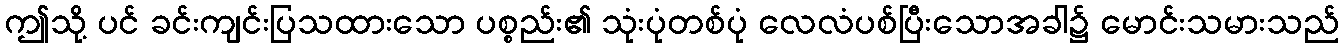
ဤသို့ ပင် ခင်းကျင်းပြသထားသော ပစ္စည်း၏ သုံးပုံတစ်ပုံ လေလံပစ်ပြီးသောအခါ၌ မောင်းသမားသည်